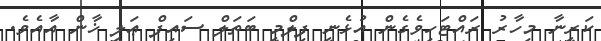
ކަރީނާ މިހާރު ރައްޓަހިވެގެން އުޅެނީ ފިލްމީ ބަތަލް ސައިފް ޢަލީ ޚާން އާއެވެ.